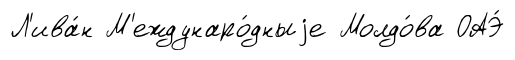
Л'ива́н М'еждунаро́дныjе Молдо́ва ОАЭ́